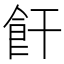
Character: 飦